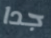
جدا